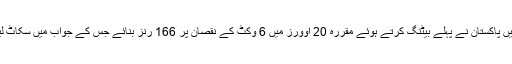
یاد رہے کہ یاد رہے کہ دوسرے ٹی ٹونٹی میں پاکستان نے پہلے بیٹنگ کرتے ہوئے مقررہ 20 اوورز میں 6 وکٹ کے نقصان پر 166 رنز بنائے جس کے جواب میں سکاٹ لینڈ کی پوری ٹیم 82 رنز پر پویلین لوٹ گئی۔